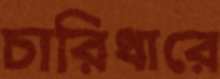
চারিধারে